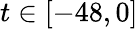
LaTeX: t\in[-48,0]